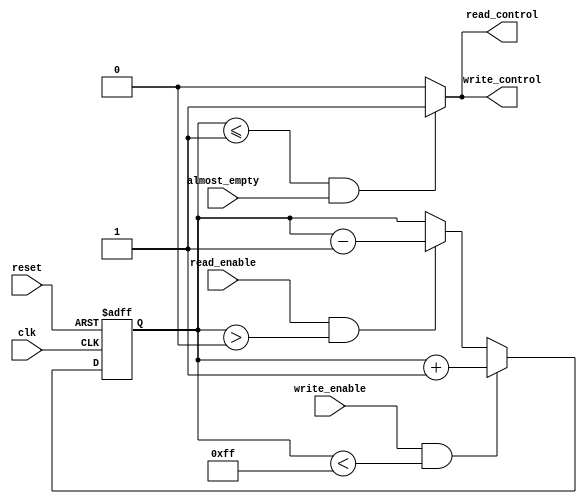
module fifo_timing_control (
    input clk,
    input reset,
    input almost_empty,
    input read_enable,
    input write_enable,
    output reg read_control,
    output reg write_control
);

// Internal signals
reg [7:0] fill_level;

// Fill level monitoring logic
always @(posedge clk or posedge reset) begin
    if (reset) begin
        fill_level <= 0;
    end else begin
        if (read_enable && fill_level > 0) begin
            fill_level <= fill_level - 1;
        end
        if (write_enable && fill_level < 255) begin
            fill_level <= fill_level + 1;
        end
    end
end

// Almost empty detection and control signal generation logic
always @* begin
    if (fill_level <= 1 && almost_empty) begin
        read_control <= 1'b1;
        write_control <= 1'b1;
    end else begin
        read_control <= 1'b0;
        write_control <= 1'b0;
    end
end

endmodule